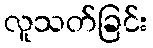
လူသတ်ခြင်း